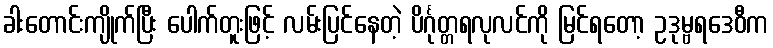
ခါးတောင်းကျိုက်ပြီး ပေါက်တူးဖြင့် လမ်းပြင်နေတဲ့ ပိင်္ဂုတ္တရလုလင်ကို မြင်ရတော့ ဥဒုမ္ဗရဒေဝီက